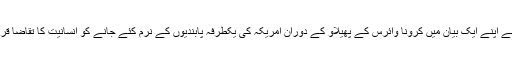
سابق امریکی صدر باراک اوباما کے ڈپٹی اور موجودہ صدارتی امیدوار جو بائیڈن نے اپنے ایک بیان میں کرونا وائرس کے پھیلاؤ کے دوران امریکہ کی یکطرفہ پابندیوں کے نرم کئے جانے کو انسانیت کا تقاضا قرار دیتے ہوئے ایران پر عائد امریکی پابندیوں کے اٹھا لئے جانے کا مطالبہ کیا ہے۔